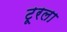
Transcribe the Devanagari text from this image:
टूरला